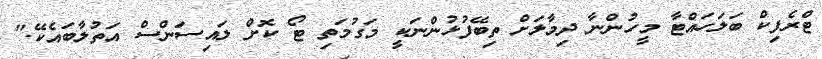
ޓްރެފިކް ބަލަހައްޓާ މީހުންނާ ދިމާލަށް ތިބޭފުޅުންނަކީ މަގުމަތި ޓޯ ކޮށް ލައިސަންސް އަތުލާބައެކޭ."